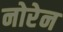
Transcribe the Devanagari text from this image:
नोरेन